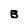
Character: B